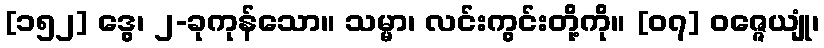
[၁၅၂] ဒွေ၊ ၂-ခုကုန်သော။ သမ္မာ၊ လင်းကွင်းတို့ကို။ [၀၇] ဝဇ္ဇေယျုံ၊